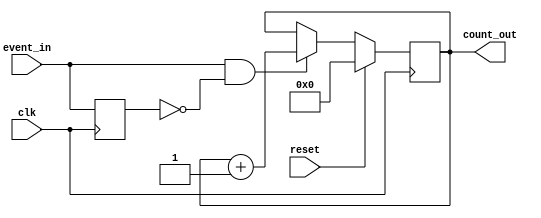
module event_counter (
    input wire clk,          // Clock signal
    input wire reset,        // Active-high reset signal
    input wire event_in,     // Event signal to trigger counting
    output reg [7:0] count_out // 8-bit count output
);

    // Internal signal for edge detection
    reg event_last;

    // Synchronous process for counting and resetting
    always @(posedge clk) begin
        if (reset) begin
            // Reset the count to zero
            count_out <= 8'b0;
        end else begin
            // Edge detection: increment count on rising edge of event_in
            if (event_in && !event_last) begin
                count_out <= count_out + 1;
            end
        end
        // Store the last event signal state
        event_last <= event_in;
    end

endmodule